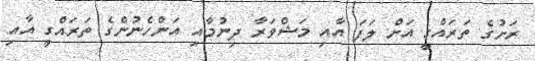
ރަށުގެ ތަރައްގީ އަށް ލަފަ އާއި މަޝްވަރާ ދިނުމާއި އަންހެނުންގެ ތަރައްގީ އާއި